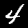
Label: 4